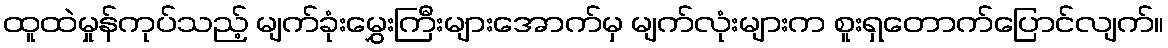
ထူထဲမှုန်ကုပ်သည့် မျက်ခုံးမွှေးကြီးများအောက်မှ မျက်လုံးများက စူးရှတောက်ပြောင်လျက်။